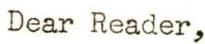
Dear Reader,